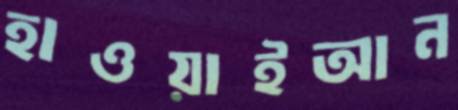
হাওয়াইআন